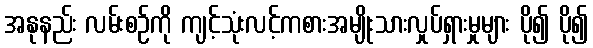
အနုနည်း လမ်းစဉ်ကို ကျင့်သုံးလင့်ကစားအမျိုးသားလှုပ်ရှားမှုများ ပို၍ ပို၍